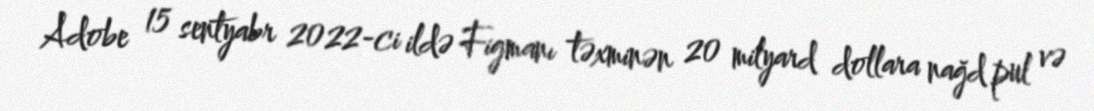
Adobe 15 sentyabr 2022-ci ildə Figmanı təxminən 20 milyard dollara nağd pul və